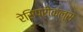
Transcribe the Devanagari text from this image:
रेसिप्रोकल्स